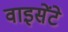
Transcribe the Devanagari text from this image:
वाइसेंटे